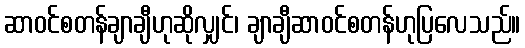
ဆာဝင်စတန်ချာချီဟုဆိုလျှင်၊ ချာချီဆာဝင်စတန်ဟုပြလေသည်။